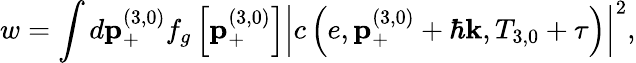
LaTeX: w=\int d\mathbf{p}_{+}^{\left(3,0\right)}f_{g}\left[\mathbf{p}_{+}^{\left(3,0\right)}\right]\left\vert c\left(e,\mathbf{p}_{+}^{\left(3,0\right)}+\hbar\mathbf{k},T_{3,0}+\tau\right)\right\vert^{2},